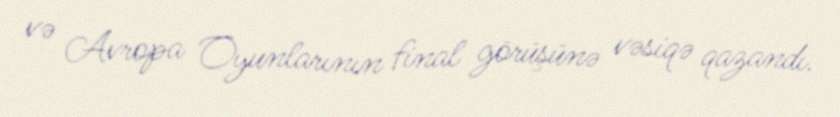
və Avropa Oyunlarının final görüşünə vəsiqə qazandı.